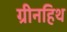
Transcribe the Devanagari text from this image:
ग्रीनहिथ